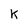
Character: K